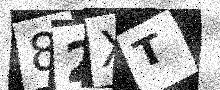
Text: 82XT